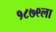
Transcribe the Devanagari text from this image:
१८७९ला